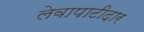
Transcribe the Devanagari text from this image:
लेवापाटीदार